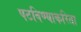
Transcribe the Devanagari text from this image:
पटविण्याकरिता